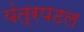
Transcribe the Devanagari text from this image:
यंत्रपटल